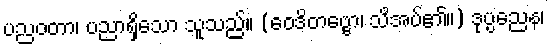
ပညဝတာ၊ ပညာရှိသော သူသည်။ (ဝေဒိတဗ္ဗော၊ သိအပ်၏။) ဒုပ္ပညေန၊